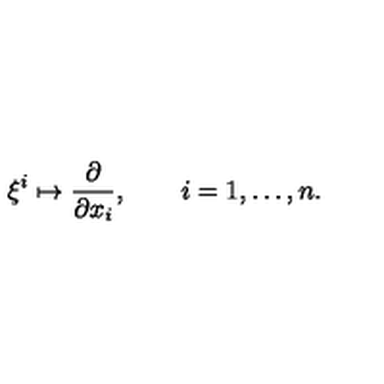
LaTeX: \xi ^ { i } \mapsto \frac { \partial } { \partial x _ { i } } , \qquad i = 1 , \dots , n .